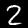
Digit: 2